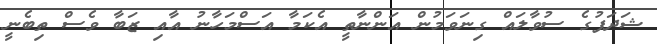
ޝަދަފުގެ ސުވާލައް ގިނަވަމުން އަންނާތީ އެކަމާ އަސްމަހާނު އާއި ޒަބާ ވެސް ތިބެނީ